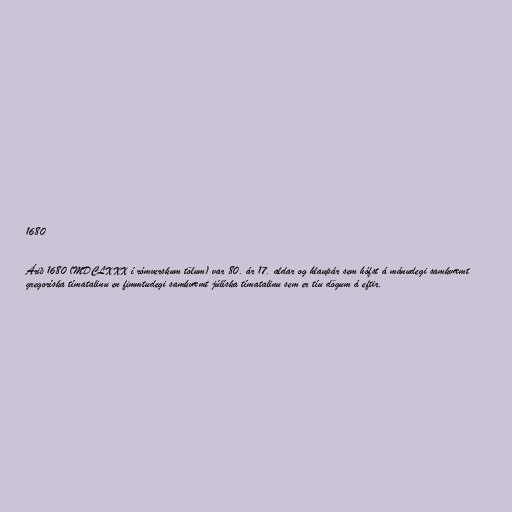
1680

Árið 1680 (MDCLXXX í rómverskum tölum) var 80. ár 17. aldar og hlaupár sem hófst á mánudegi samkvæmt
gregoríska tímatalinu en fimmtudegi samkvæmt júlíska tímatalinu sem er tíu dögum á eftir.